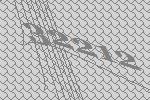
32212